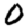
Digit: 0